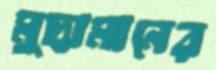
মুদ্রামানের